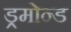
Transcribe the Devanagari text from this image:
ड्रमोन्ड